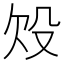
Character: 𣪄